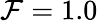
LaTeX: \mathcal{F}=1.0